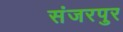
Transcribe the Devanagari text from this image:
संजरपुर